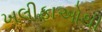
ખલીફાઓથી